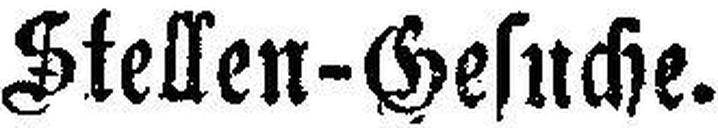
Stellen-Gesuche.